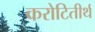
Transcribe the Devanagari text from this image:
करोटितीर्थ